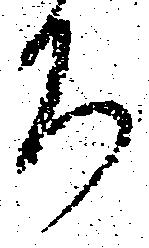
ち